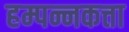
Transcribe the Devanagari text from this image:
हम्पन्नकत्ता